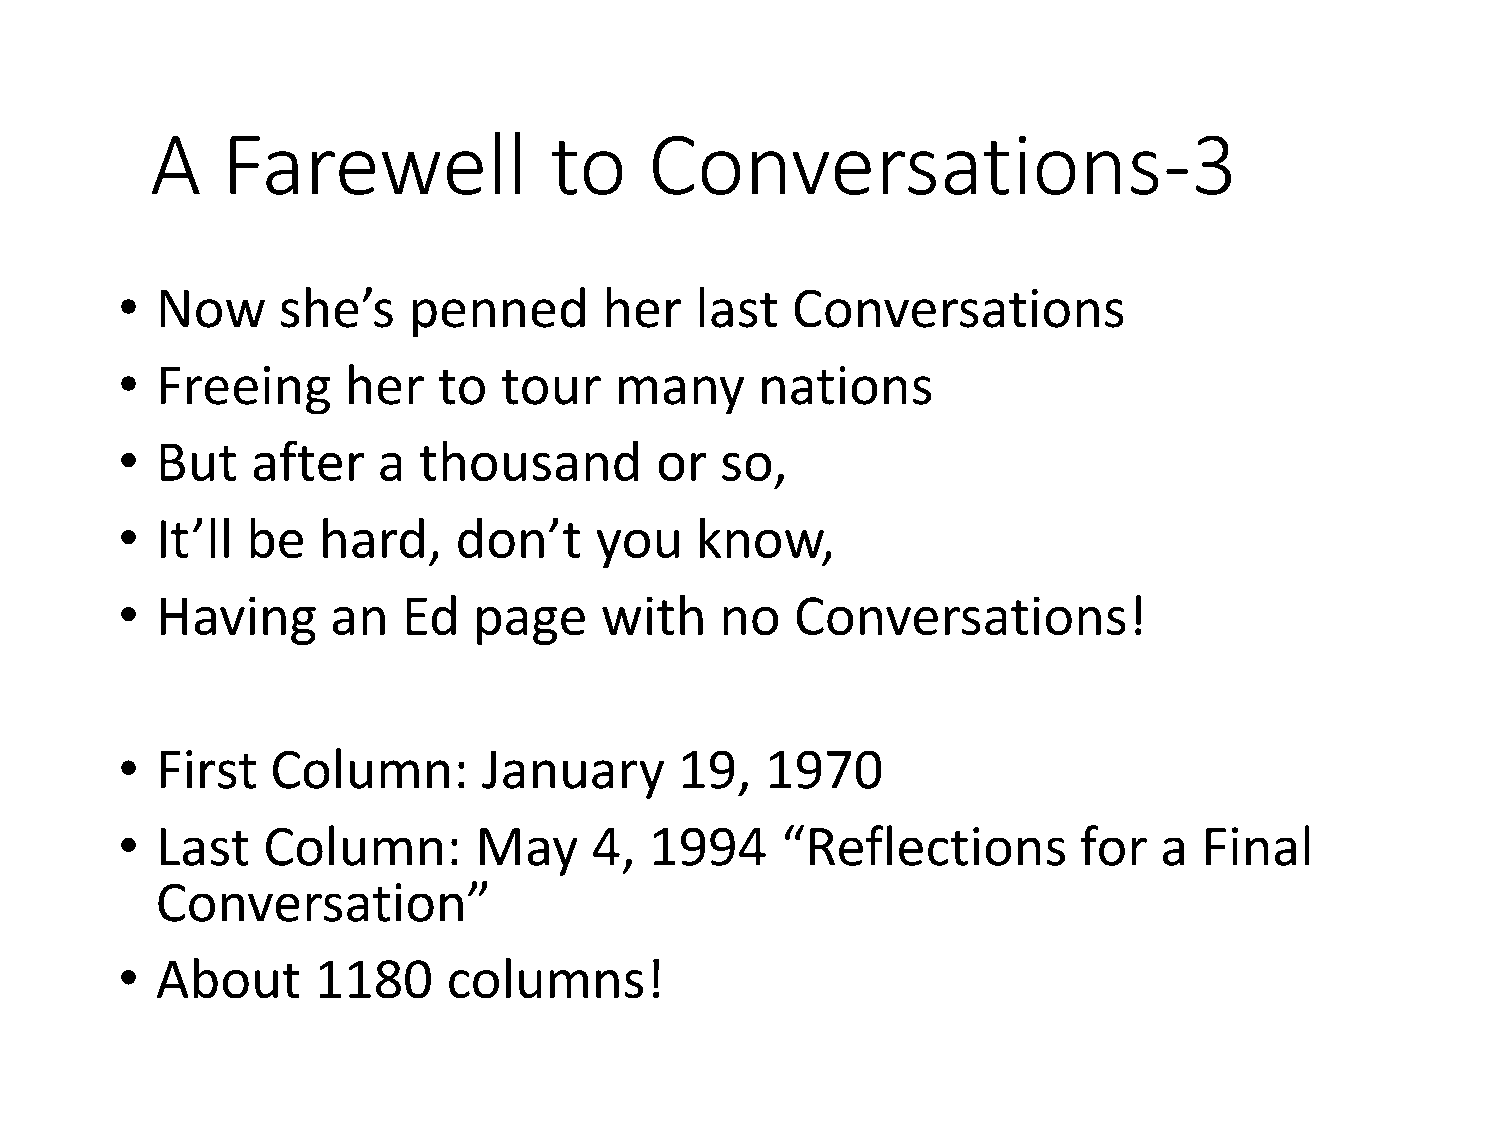
A    Farewell             to     Conversations-3
 • Now     she’s    penned       her   last  Conversations
 • Freeing      her   to  tour    many     nations
 • But    after   a  thousand       or   so,
 • It’ll be   hard,    don’t    you    know,
 • Having      an   Ed  page     with    no   Conversations!
 • First   Column:       January      19,   1970
 • Last   Column:       May     4,  1994     “Reflections       for   a  Final
 Conversation”
 • About      1180     columns!